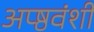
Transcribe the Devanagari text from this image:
अप्ष्ठवंशी